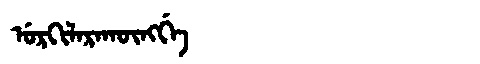
Manchu: ᡠᡵᡴᡳᠯᠠᡵᠠᡴᡡᠩᡤᡝ
Romanization: URKILARAKŪNGGE